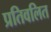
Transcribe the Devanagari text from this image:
प्रतिवलित